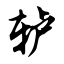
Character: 轳